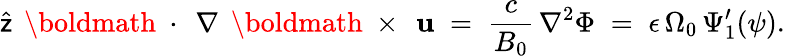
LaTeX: \widehat{\sf z}\, \mathrm{~\boldmath~\cdot~}\, \nabla\, \mathrm{~\boldmath~\times~}\, {\mathbf u}\; =\; \frac{c}{B_{0}}\, \nabla^{2}\Phi\; =\; \epsilon\, \Omega_{0}\, \Psi_{1}^{\prime}(\psi).